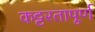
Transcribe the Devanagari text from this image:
कट्टरतापूर्ण